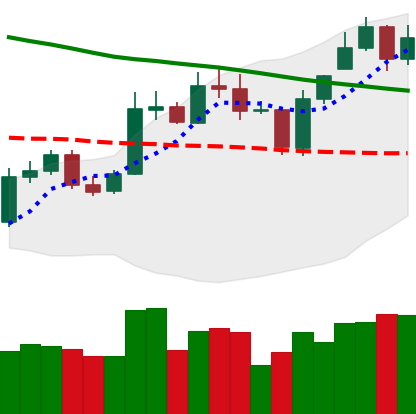
Ticker: ETC-USD
Chart end date: 2020-01-08
Forward return: 10.525%
Label: up_7plus